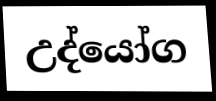
උද්යෝග